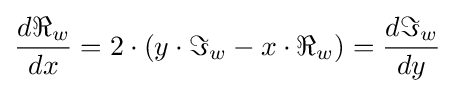
{\frac {d\Re _{w}}{dx}}=2\cdot \left(y\cdot \Im _{w}-x\cdot \Re _{w}\right)={\frac {d\Im _{w}}{dy}}